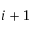
i + 1